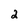
Character: 2